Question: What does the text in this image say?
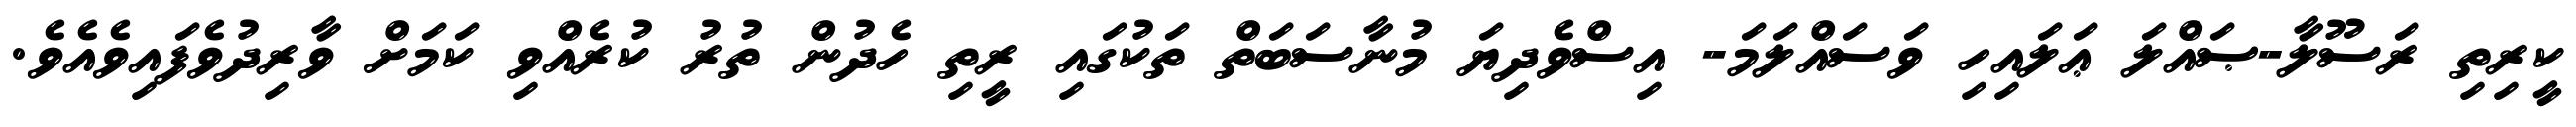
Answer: ކީރިތި ރަސޫލާ-ޞައްލަ ޢަލައިހި ވަސައްލަމަ- އިސްވެދިޔަ މުނާސަބަތް ތަކުގައި ރީތި ހެދުން ތުރު ކުރެއްވި ކަމަށް ވާރިދުވެފައިވެއެވެ.